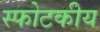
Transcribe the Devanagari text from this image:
स्फोटकीय